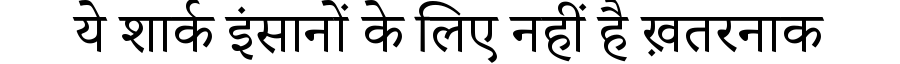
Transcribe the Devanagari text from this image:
ये शार्क इंसानों के लिए नहीं है ख़तरनाक